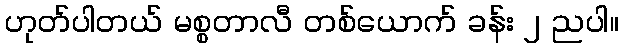
ဟုတ်ပါတယ် မစ္စတာလီ တစ်ယောက် ခန်း ၂ ညပါ။